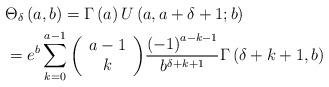
LaTeX: \begin{align*}&{\Theta _\delta }\left( {a,b} \right)= \Gamma \left( a \right)U\left( {a,a + \delta + 1;b} \right) \\&={e^b}\sum\limits_{k = 0}^{a - 1} {\left( {\begin{array}{*{20}{c}}{a - 1}\\k\end{array}} \right)} \frac{{{{\left( { - 1} \right)}^{a - k - 1}}}}{{{b^{\delta + k + 1}}}}\Gamma \left( {\delta + k + 1,b} \right)\end{align*}